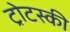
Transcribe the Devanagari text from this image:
ट्रोटस्की